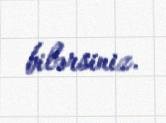
bilərsiniz.